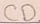
Text: CD